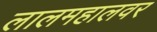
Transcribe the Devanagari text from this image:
लालमहालवर